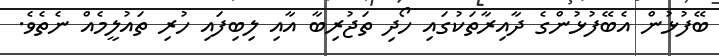
ބޭފުޅުން އެބޭފުޅުންގެ ދާއިރާތަކުގައި ހޯދި ތަޖުރިބާ އާއި ލިބިފައި ހުރި ތައުލީމެއް ނެތެވެ.